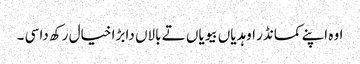
اوہ اپنے کمانڈر اوہدیاں بیویاں تے بالاں دا بڑا خیال رکھ دا سی ۔